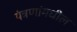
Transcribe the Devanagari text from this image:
यंत्रणांमधील